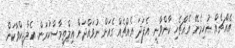
އެއްޗެއް ނުހިމެނޭ އެއްޗެހި ކާންވާނީ. އެފަދަ އެއްޗެއް ގެއަށް ނުވައްދަން އިލްތިމާސްކުރަން. އެލާޖިކްވާކަން